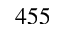
4 5 5